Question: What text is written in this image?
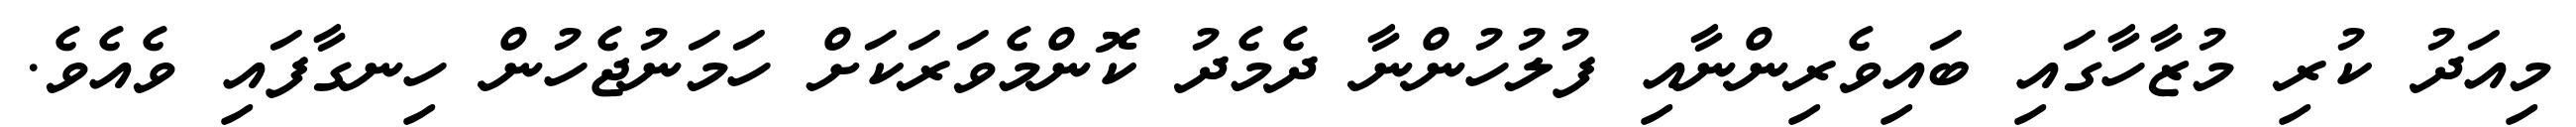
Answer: މިއަދު ކުރި މުޒާހާގައި ބައިވެރިންނާއި ފުލުހުންނާ ދެމެދު ކޮންމެވަރަކަށް ހަމަނުޖެހުން ހިނގާފައި ވެއެވެ.